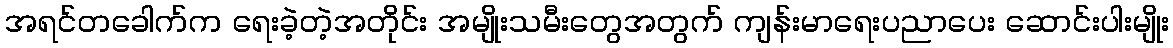
အရင်တခေါက်က ရေးခဲ့တဲ့အတိုင်း အမျိုးသမီးတွေအတွက် ကျန်းမာရေးပညာပေး ဆောင်းပါးမျိုး